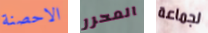
الاحصنة المحرر لجماعة